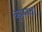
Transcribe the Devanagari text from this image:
कुम्माता